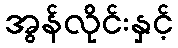
အွန်လိုင်းနှင့်